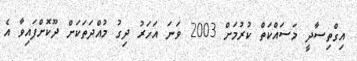
އިގްތިސާދީ މަސައްކަތް ކުރުމަށް 2003 ވަނަ އަހަރު ދިގު މުއްދަތަކަށް ދޫކޮށްފައިވާ އެ